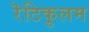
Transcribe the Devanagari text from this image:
रॆटिकुलम